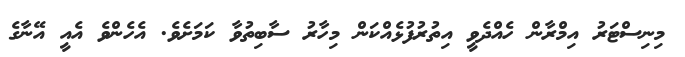
މިނިސްޓަރު އިމްރާން ހެއްދެވީ އިތުރުފުޅެއްކަން މިހާރު ސާބިތުވާ ކަމަށެވެ. އެހެންވެ އެއީ އޭނާގެ